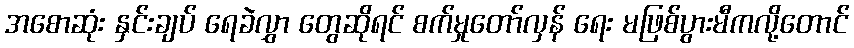
အစောဆုံး နှင်းချပ် ရေခဲလွှာ တွေဆိုရင် စက်မှုတော်လှန် ရေး မဖြစ်ပွားမီကလို့တောင်